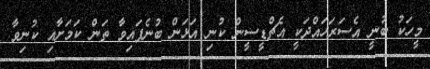
މީހަކު ބުނީ އެސަރަހައްދަކީ އެޗްޑީސީން ކުނި އަޅަން ބުނެފައިވާ ތަން ކަމަށާއި ކުނިވާ